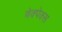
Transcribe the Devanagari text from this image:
बेक्पेक्स